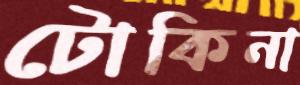
টোকিনা